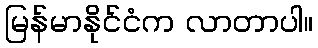
မြန်မာနိုင်ငံက လာတာပါ။